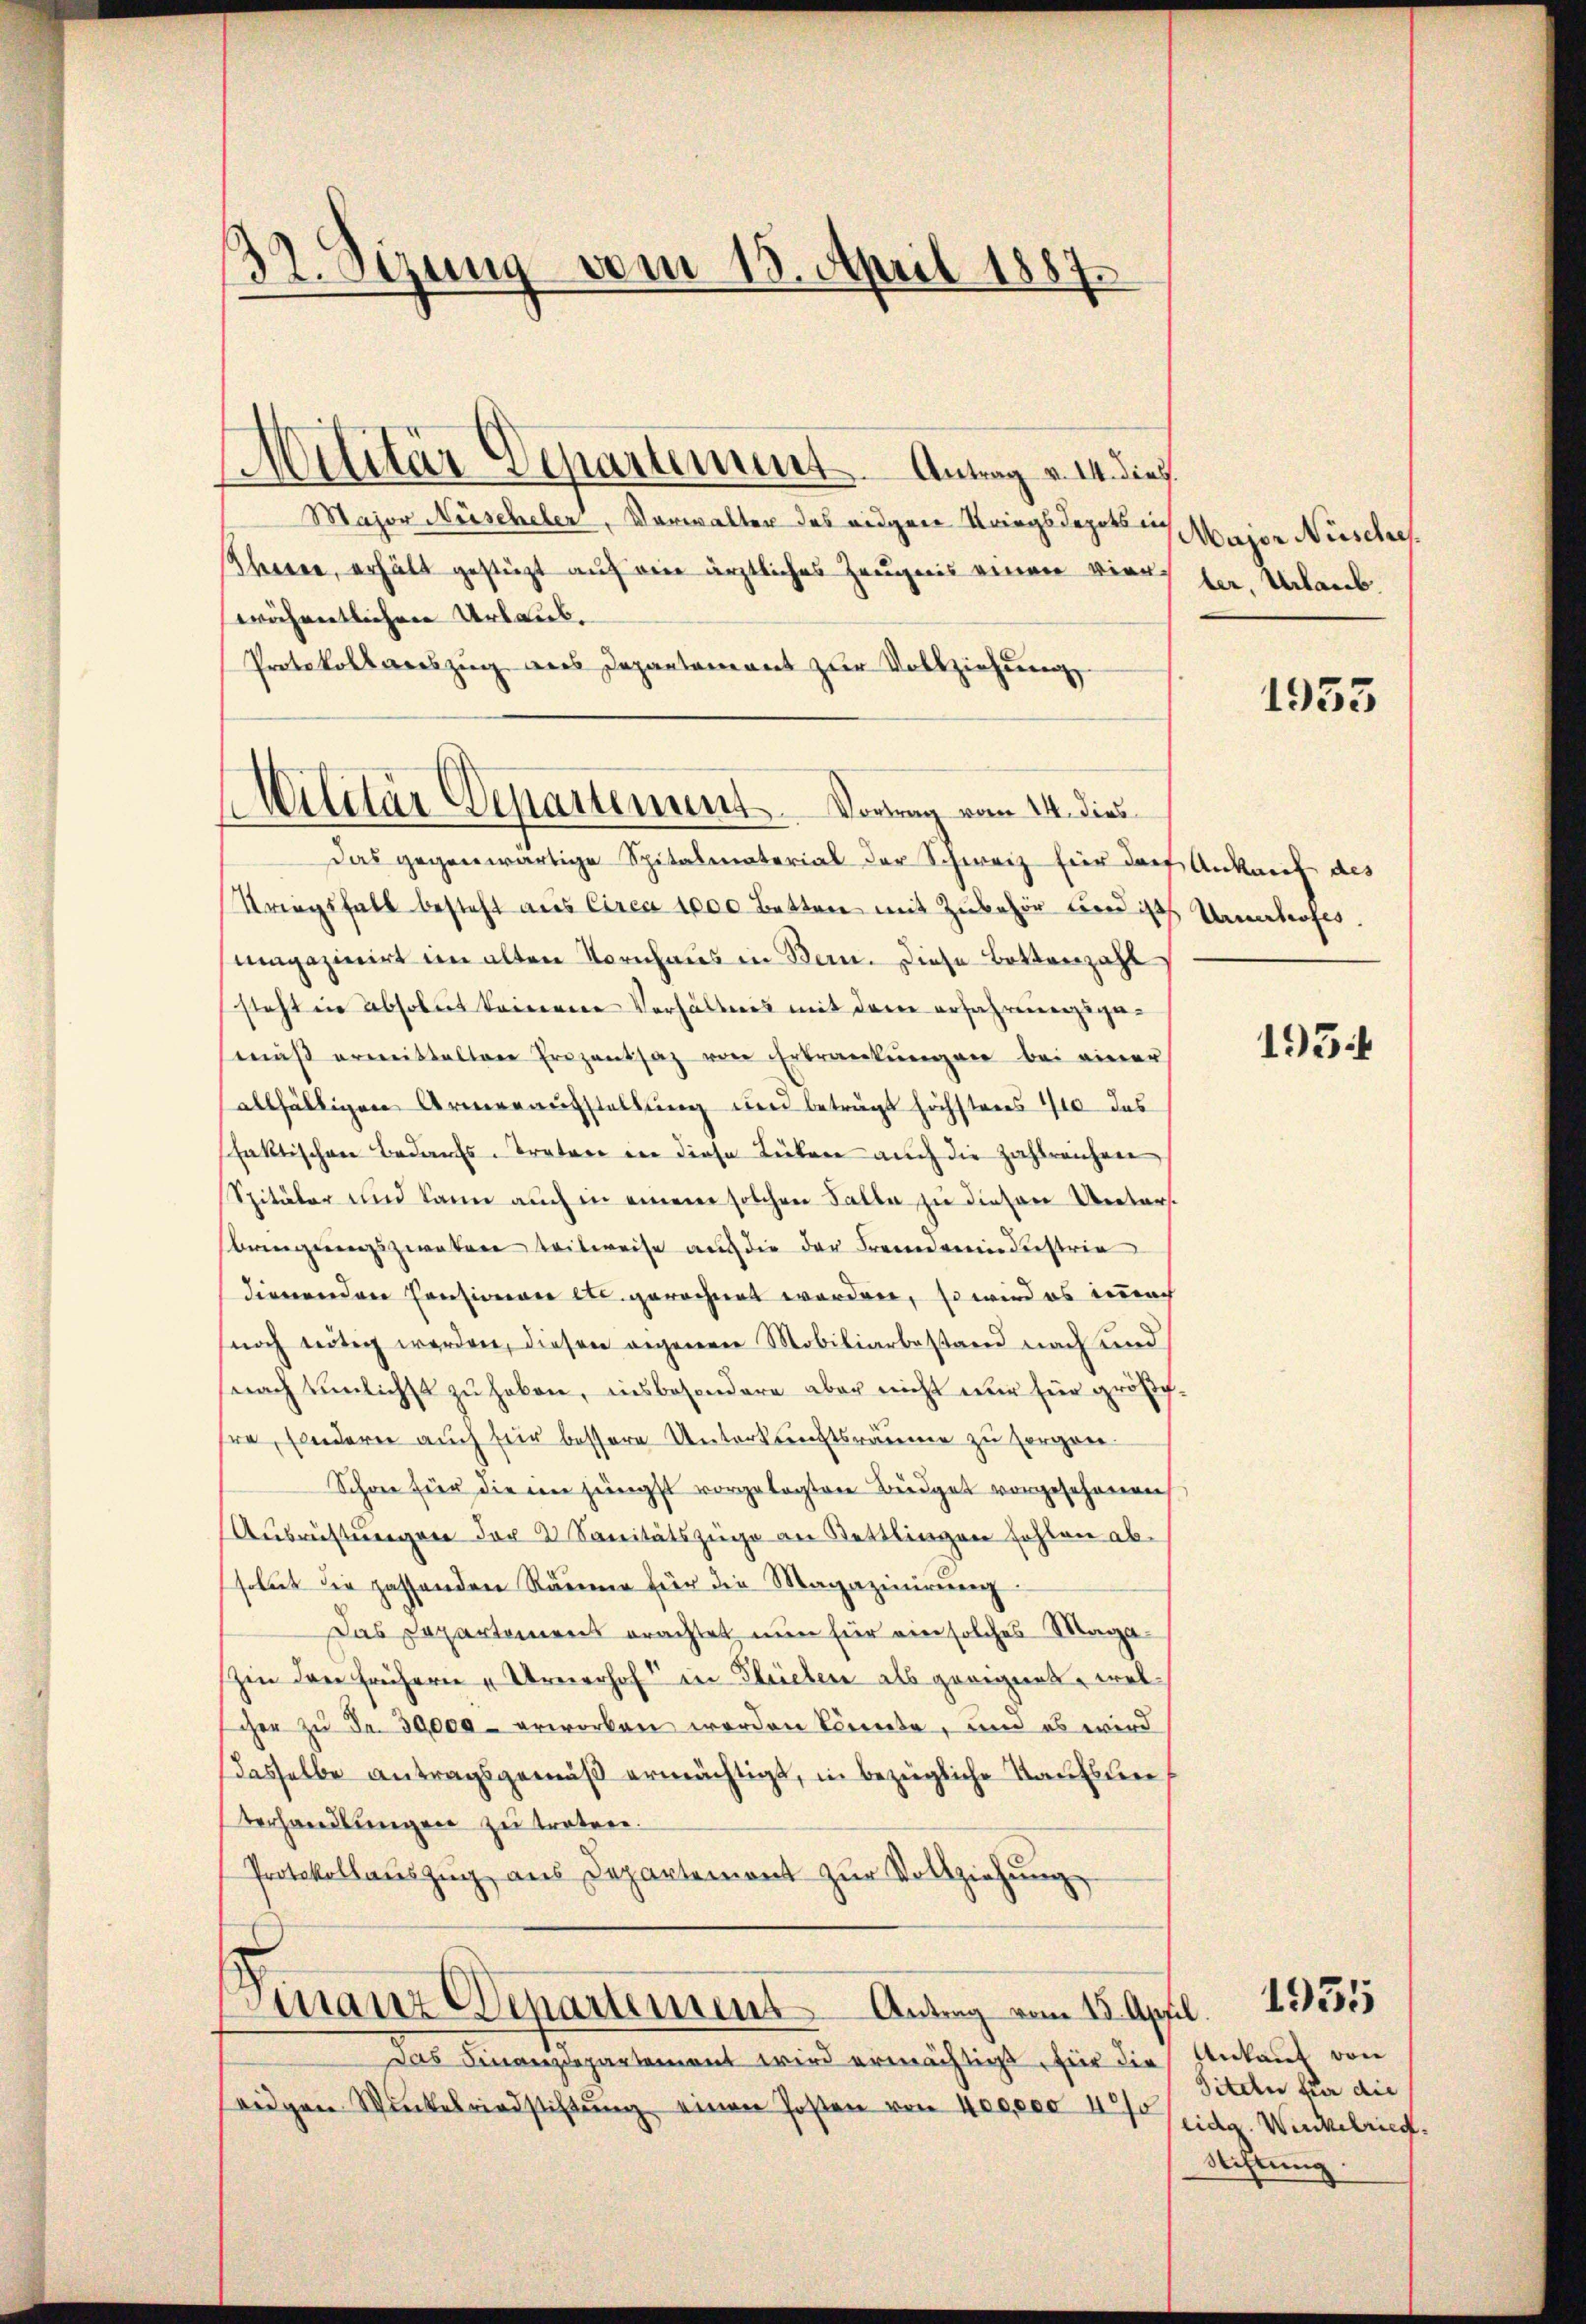
32. Sizung vom 18. April 1887.

Major Nüscheler, Verwalter das eidgene Kriegsdepots Major Nüsches
Therer, erhält gestüzt auf eine ärztliches Zeugnis einen vierröchentlichen Urlaub.
Protokollauszug aus Departement zur Vollziehung
Das gegenwärtige Spitalmaterial der Schweiz für das Ankauf des
Striegsfall besteht aus Circa 1000 Betten mit Zubehör und ist Urnerhofes
smagazinirt im alten Nornhaus in Bein. Diese Bottenzahl
steht in absolut keinem Verhältnis mit dem erfahrenenzsgemäß ermitteltene Prozentsaz von Erkrankungen bei einer
allfälligen Armenaufstellung und beträgt höchstens 110 das
faktischen Bedarfs-Traten in diese Lücken auch die Zahlreichen
Spitäler und kann auch in einem solchen Falle zu diesen Untersbringungszwaten teilweise auch die der Fremdenderstrie
dienenden Pensionare etc. gerechnet worden, so wird es innoch
noch nötig werden, diesen angenen Mobiliarbestand nach und
snach einlichst zu haben, insbesondere aber nicht nur für größchhre, sondern auch für bessere Unterkunftsräume zu sorgen.
Schon für die im jüngst vorgelegten Büdget vorgesehenen
Ausrüstungen der 2 Sanitätszüge an Bettlingen fehlen absolut die passenden Räume für die Magazinirung
Das Departamens erachtet nun für ein solches Maga¬
Iin den frühern „Urnerhof in Flüelen als geeignet, welscher zŭ Fr. 30,000 erworben worden könnte, und es wird
dasselbe antragsgemäß ermächtigt, in bezügliche Taufsten
verhandlungen zu treten.
Protokollaŭszŭg aŭs Departemont zŭr Vollziehŭng
Finanz Departement Antrag vom 15. April.
Das Finanzdepartement wird ermächtigt, für die
eidgen Winkelriedstiftŭng einen Posten von 400000 40

Militär-Departement. Antrag v. M. dies

(Militär Departement. Vortrag vom 14. dies

ler, Urlaub.

1933

195.

Ankauf von
Titeln für die
eidg. Winkelried.
Richtung.

1955